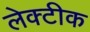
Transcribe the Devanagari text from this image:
लेक्टीक